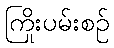
ကြိုးပမ်းစဉ်